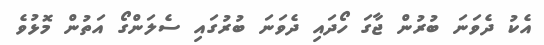
އެކު ދެވަނަ ބުރުން ޖާގަ ހޯދައި ދެވަނަ ބުރުގައި ސެލަންގޯ އަތުން މޮޅުވެ